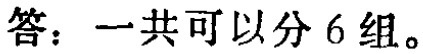
答：一共可以分 6 组。